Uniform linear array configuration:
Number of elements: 48
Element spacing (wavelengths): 1
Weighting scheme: binomial
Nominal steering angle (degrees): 60
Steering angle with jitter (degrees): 60.07
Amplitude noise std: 0.05
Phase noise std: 0.05

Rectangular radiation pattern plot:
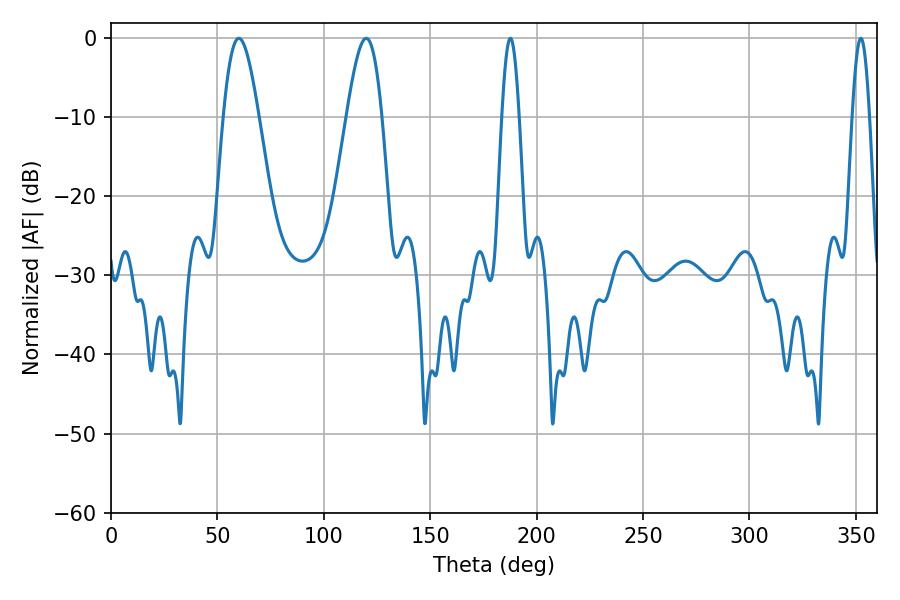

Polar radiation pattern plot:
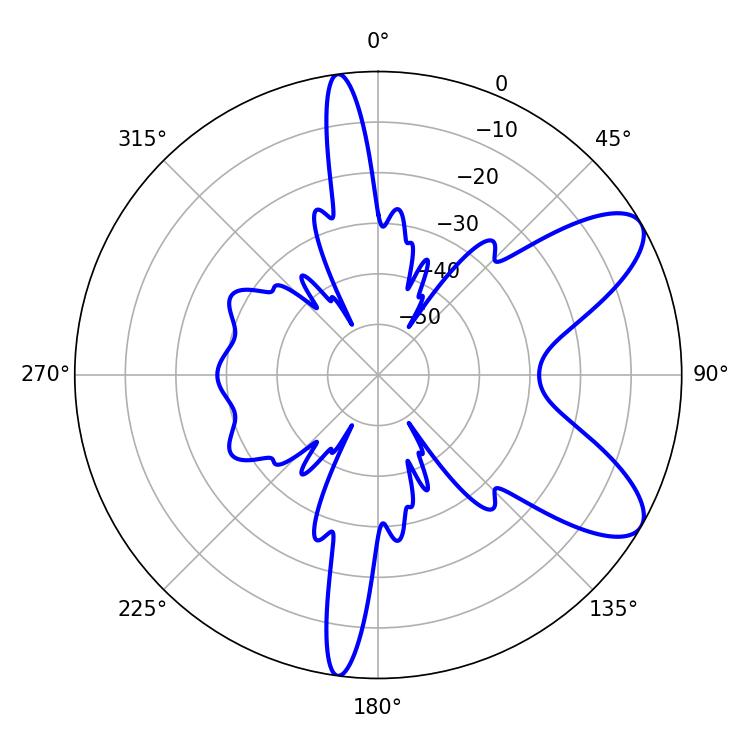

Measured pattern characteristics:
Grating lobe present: TRUE
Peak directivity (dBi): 8.617
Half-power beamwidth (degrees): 8.82
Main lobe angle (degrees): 60.12